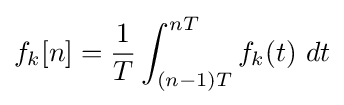
f_{k}[n]={\frac {1}{T}}\int _{(n-1)T}^{nT}f_{k}(t)\ dt